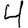
Digit: 4